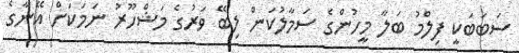
ސަބަބަކީ ފިލްމު ބަލާ މީހުންގެ ސަމާލުކަން ލިބޭ ވަރުގެ މަޝްހޫރު ނަމަކަށް އޭނާގެ